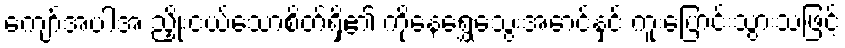
ကျော်အပါအ ညှိုးငယ်သောစိတ်ရှိ၏ ကိုနေရွှေသွေးအောင်နှင့် ကူးပြောင်းသွားသဖြင့်